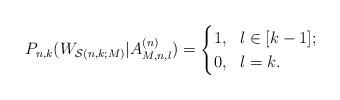
LaTeX: \begin{align*} P_{n,k}(W_{\mathcal{S}(n,k;M)}|A^{(n)}_{M,n,l})=\begin{cases} 1,\ \ l\in[k-1];\\ 0,\ \ l=k.\end{cases} \end{align*}